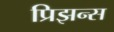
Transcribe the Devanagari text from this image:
प्रिझन्स